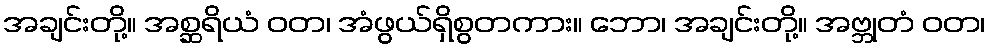
အချင်းတို့။ အစ္ဆရိယံ ဝတ၊ အံဖွယ်ရှိစွတကား။ ဘော၊ အချင်းတို့။ အဗ္ဘုတံ ဝတ၊